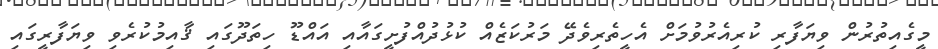
މީގެއިތުރުން ވިޔަފާރި ކުރިއެރުވުމަށް އެހީތެރިވެދޭ މަރުކަޒެއް ކުޅުދުއްފުށީގައާއި އައްޑޫ ހިތަދޫގައި ޤާއިމުކުރެވި ވިޔަފާރީގައި